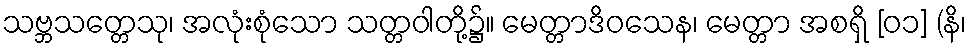
သဗ္ဘသတ္တေသု၊ အလုံးစုံသော သတ္တဝါတို့၌။ မေတ္တာဒိဝသေန၊ မေတ္တာ အစရှိ [၀၁] (နိ၊